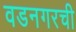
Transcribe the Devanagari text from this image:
वडनगरची